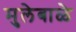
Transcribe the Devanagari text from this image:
मुलेबाळे